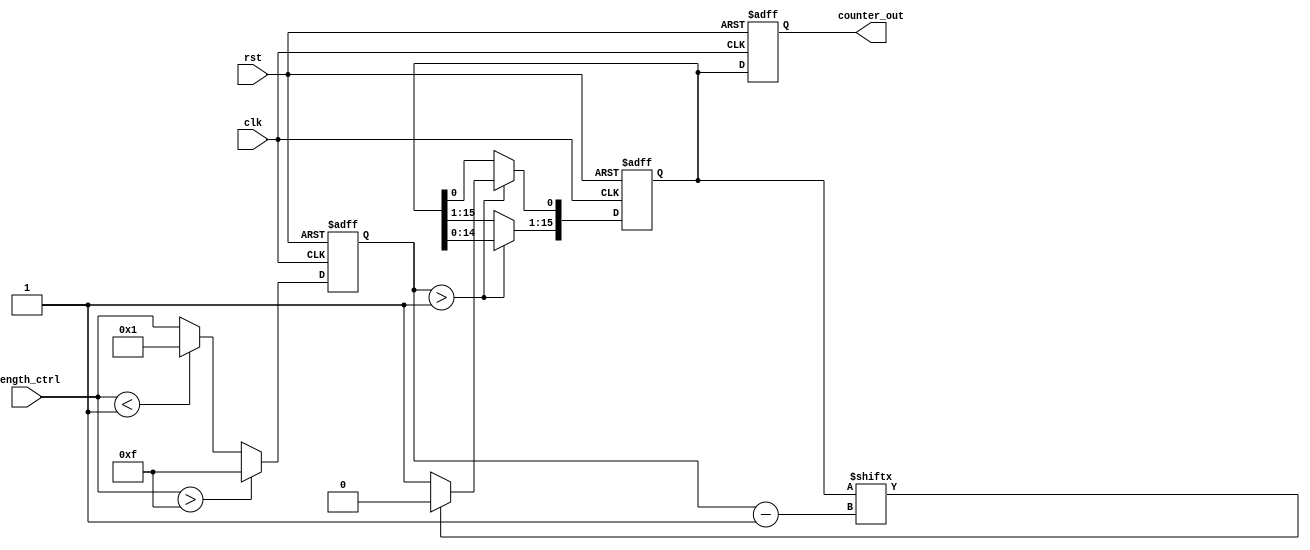
module variable_length_ring_counter (
    input wire clk,               // Clock signal
    input wire rst,               // Asynchronous reset signal
    input wire [3:0] length_ctrl, // Length control input (max 15)
    output reg [15:0] counter_out  // Output representing the state of the counter
);

    reg [15:0] state; // Internal state of the ring counter
    reg [3:0] effective_length; // Effective length of the counter

    always @(posedge clk or posedge rst) begin
        if (rst) begin
            // On reset, initialize the counter to the first state
            counter_out <= 16'b0000000000000001;
            state <= 16'b0000000000000001;
            effective_length <= 4'd1; // Default to minimum length
        end else begin
            // Adjust effective length based on length control input
            if (length_ctrl > 4'd15) begin
                effective_length <= 4'd15; // Cap to maximum length
            end else if (length_ctrl < 4'd1) begin
                effective_length <= 4'd1; // Minimum length
            end else begin
                effective_length <= length_ctrl; // Set to specified length
            end

            // Shift the '1' in the ring counter
            if (effective_length > 1) begin
                // Shift the '1' to the right
                state <= {state[14:0], state[15]};
                // Keep the '1' within the effective length
                if (state[effective_length - 1] == 1'b0) begin
                    state[0] <= 1'b1; // Set the first bit to '1'
                end else begin
                    state[0] <= 1'b0; // Otherwise, keep it '0'
                end
            end

            // Update the output
            counter_out <= state;
        end
    end

endmodule